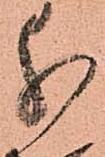
分